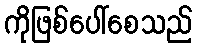
ကိုဖြစ်ပေါ်စေသည်